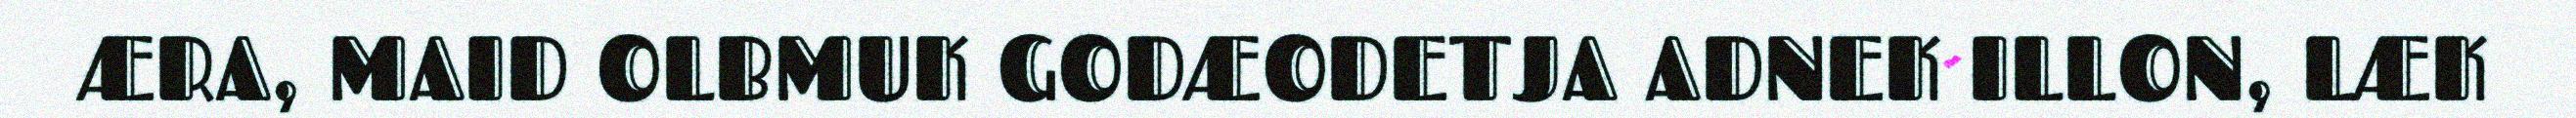
ÆRA, MAID OLBMUK GODÆODETJA ADNEK ILLON, LÆK